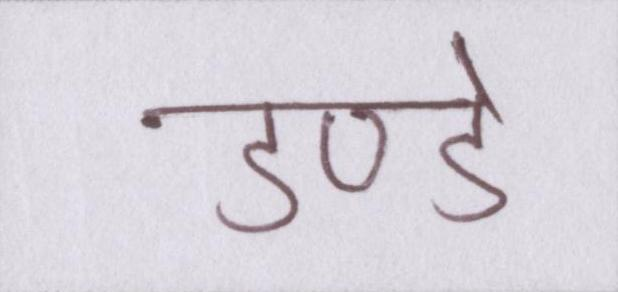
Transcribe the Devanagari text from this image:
डण्डे